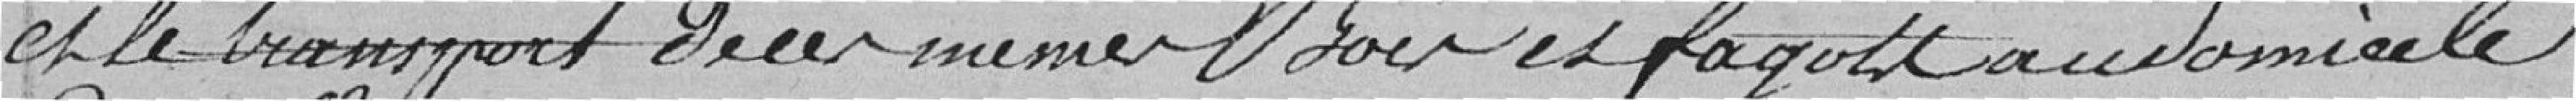
et le transport de ce même bois et fagots au domicile